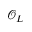
{ \mathcal { O } } _ { L }